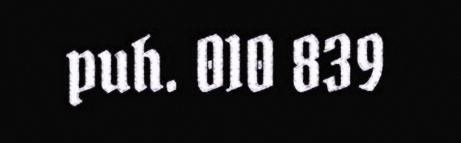
puh. 010 839